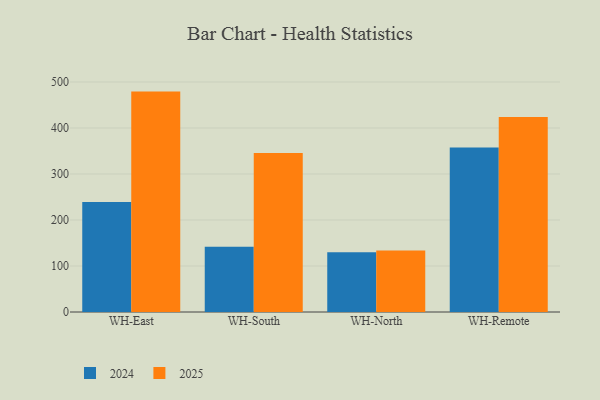
{"axis": {"x": "Warehouse", "y": "Bounce Rate (%)"}, "legend": ["2024", "2025"], "data": [{"x": "WH-East", "y": 479.1, "type": "2025"}, {"x": "WH-East", "y": 239.0, "type": "2024"}, {"x": "WH-South", "y": 345.4, "type": "2025"}, {"x": "WH-South", "y": 141.7, "type": "2024"}, {"x": "WH-North", "y": 133.6, "type": "2025"}, {"x": "WH-North", "y": 129.9, "type": "2024"}, {"x": "WH-Remote", "y": 424.0, "type": "2025"}, {"x": "WH-Remote", "y": 357.8, "type": "2024"}]}